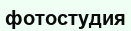
фотостудия